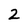
Character: 2